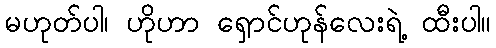
မဟုတ်ပါ၊ ဟိုဟာ ရှောင်ဟုန်လေးရဲ့ ထီးပါ။